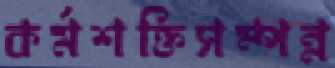
কর্মশক্তিসম্পন্ন